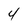
Character: 4